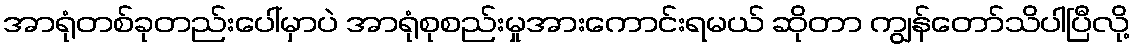
အာရုံတစ်ခုတည်းပေါ်မှာပဲ အာရုံစုစည်းမှုအားကောင်းရမယ် ဆိုတာ ကျွန်တော်သိပါပြီလို့